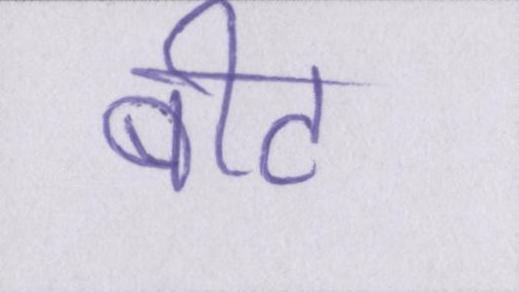
बीट